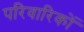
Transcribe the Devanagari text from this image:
परिवारिकों